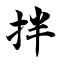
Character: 拌